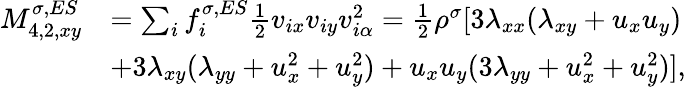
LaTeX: \begin{array}{r}{\begin{array}{rl}{M_{4,2,xy}^{\sigma,ES}}&{=\sum_{i}f_{i}^{\sigma,ES}\frac{1}{2}v_{ix}v_{iy}v_{i\alpha}^{2}=\frac{1}{2}\rho^{\sigma}[3\lambda_{xx}(\lambda_{xy}+u_{x}u_{y})}\\ &{+3\lambda_{xy}(\lambda_{yy}+u_{x}^{2}+u_{y}^{2})+u_{x}u_{y}(3\lambda_{yy}+u_{x}^{2}+u_{y}^{2})],}\end{array}}\end{array}